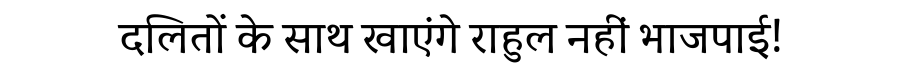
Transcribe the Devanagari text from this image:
दलितों के साथ खाएंगे राहुल नहीं भाजपाई!